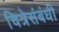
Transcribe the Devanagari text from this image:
चित्रेसंबंधी